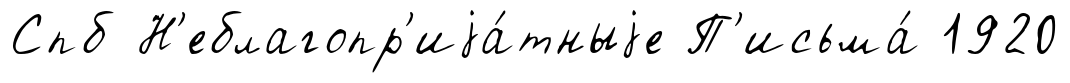
Спб Н'еблагопр'иjа́тныjе П'исьма́ 1920